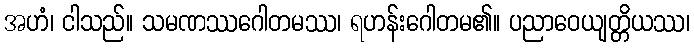
အဟံ၊ ငါသည်။ သမဏဿဂေါတမဿ၊ ရဟန်းဂေါတမ၏။ ပညာဝေယျတ္တိယဿ၊